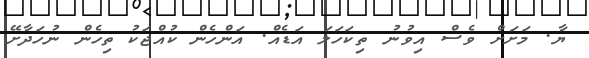
ޔާ. މަށަށް ވެސް އިވުނު ތިކަހަލަ އަޑެއް. އަންހެން ކުއްޖަކު ތިހެން ނުހަދާށޭ